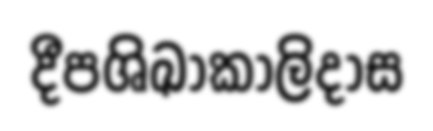
දීපශිඛාකාලිදාස